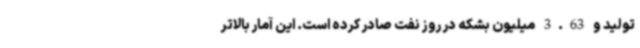
تولید و 3.63 میلیون بشکه در روز نفت صادر کرده است. این آمار بالاتر